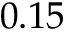
0 . 1 5